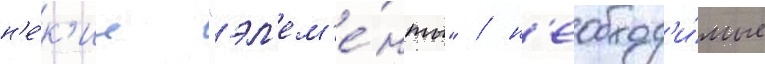
н'е́к'ие "эл'ем'е́нты" / н'еобход'и́мые